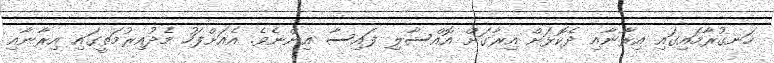
ހަނގުރާމައިގައި އިރާނާއި ދެކޮޅަށް އިރާގަށް އޮއްސާލި ފައިސާ އިންނެވެ. އެއަށްފަހު މެދުއިރުމަތީގައި އިރާނާއި